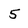
Character: 5